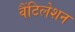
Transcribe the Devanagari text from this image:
वैंटिलेशन